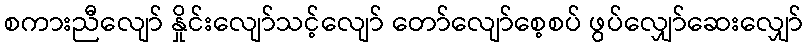
စကားညီလျော် နှိုင်းလျော်သင့်လျော် တော်လျော်စေ့စပ် ဖွပ်လျှော်ဆေးလျှော်